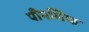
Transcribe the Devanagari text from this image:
पीनशिफ